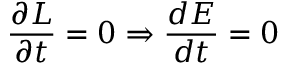
\frac { \partial \cal L } { \partial t } = 0 \Rightarrow \frac { d E } { d t } = 0